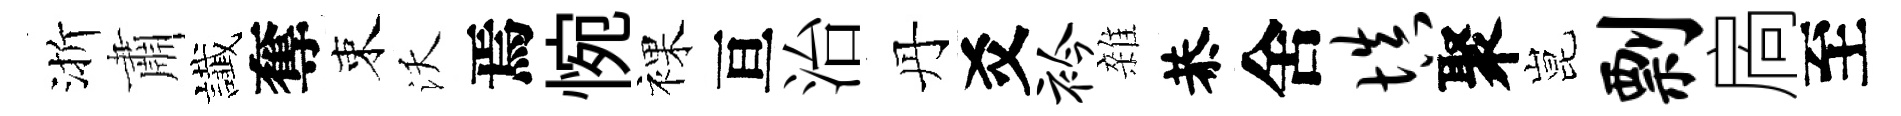
渐肅䜟奪束沃焉惋裸亘治丹爻衿雜恭舍填聚昆剽扄至